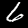
Label: 6